Civil Veterinary Dept. North-West Frontier Province 1923-32 - 1923-1932
Year: 1923
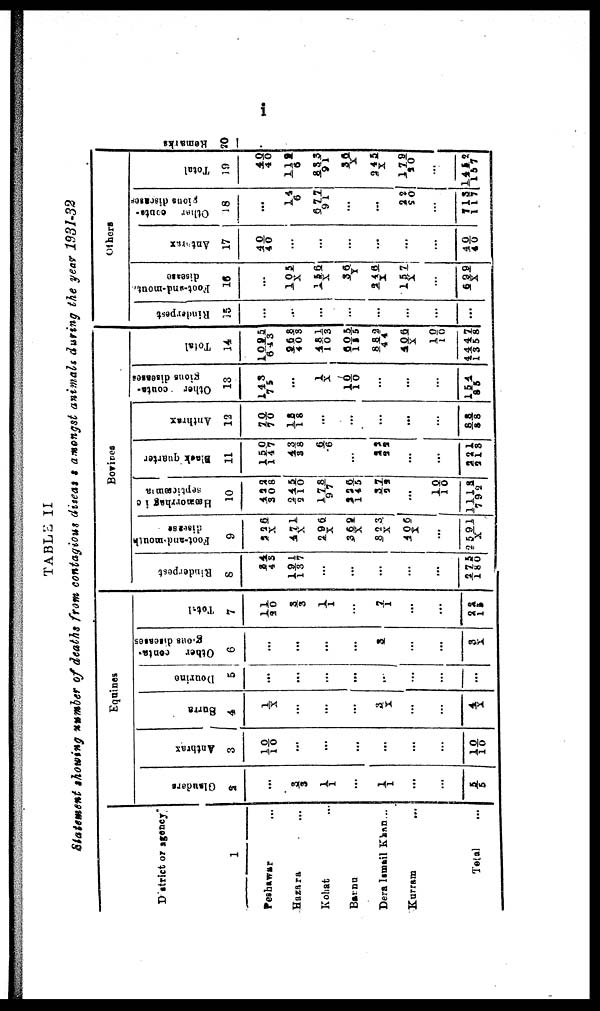
i
TABLE II
Statement showing number of deaths from contagious diseas amongst animals during the year 1931-32
District or agency
1
Peshawar …
Hazara …
Kohat …
Bannu ...
Dera Ismail Khan ...
Kurram ...
Total
...
Equines
Glanders
2
…
3/ 3
1/1
...
1/1
...
…
5/5
Anthrax
3
10/10
…
…
...
…
...
…
10/10
Surra
4
1/ X
…
…
...
3/X
…
…
4/X
Dourine
5
…
…
…
...
...
...
…
...
Other
centa-
gious
disease
6
…
…
…
...
3
...
…
3/X
Total
7
11/30
3/3
1/1
…
7/1
...
…
22/15
Bovines
Rinderpest
6
34/45
191/137
…
...
…
…
…
275/180
Foot-and-mouth
disease
9
226/X
471/X
296/X
369/X
823/X
406/X
…
2591/X
septicæmia
10
422/308
245/210
178/97
226/145
37/29
…
10/10
1113/792
Black quarter
11
150/147
43/38
6/6
...
33/99
...
…
221/218
Anthrax
12
70/70
18/18
…
...
…
...
…
88/88
Other conta-
gious diseases
13
143/75
…
1/X
10/10
…
...
…
154/ 85
Total
1 4
1095/643
868/403
481/103
605/115
882/44
406/X
10/10
4447/1358
Others
Rinderpest
1 5
…
…
…
…
...
…
…
...
disease
16
…
105/X
156/X
36/Y
246/X
157/X
…
699/X
Anthrax
17
40/40
…
…
...
...
...
…
40/40
Other conta-
gious diseases
18
…
14/6
677/91
...
…
22/50
…
713/117
Total
19
40/40
112/6
833/91
36/X
245/X
179/20
…
1459/157
Remarks
20